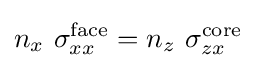
n_{x}~\sigma _{xx}^{\mathrm {face} }=n_{z}~\sigma _{zx}^{\mathrm {core} }